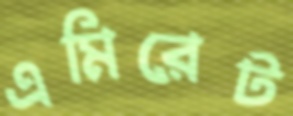
এমিরেট